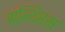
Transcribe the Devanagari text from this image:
ग्रन्थिरस